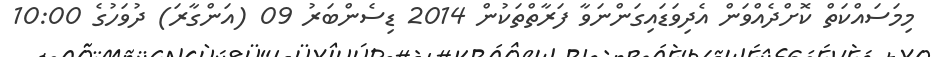
މިމަސައްކަތް ކޮށްދެއްވަން އެދިވަޑައިގަންނަވާ ފަރާތްތަކުން 2014 ޑިސެންބަރު 09 (އަންގާރަ) ދުވަހުގެ 10:00